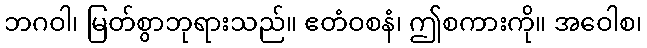
ဘဂဝါ၊ မြတ်စွာဘုရားသည်။ ဧတံဝစနံ၊ ဤစကားကို။ အဝေါစ၊